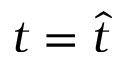
t = \widehat t